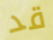
قد